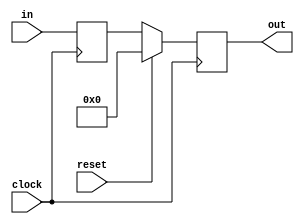
module programcounter(
	input wire clock,
	input wire[31:0] in,
	input wire reset,
	output reg[31:0] out
);

	reg[31:0] temp;

		
	always @ (negedge clock) begin
		temp <= in;
	end
	
	always @ (posedge clock) begin
		if(reset == 0)begin
			out <= temp;
		end
		else begin
			out <= 32'b0;
		end
	end

endmodule